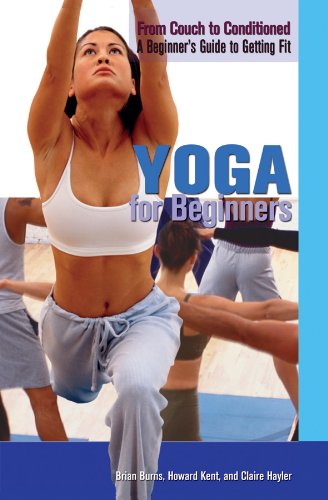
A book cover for Yoga for Beginners (From Couch to Conditioned: a Beginner's Guide to Getting Fit); Brian Burns; Teen & Young Adult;